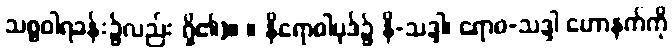
သစ္စဝါရခန်း၌လည်း ရှိ၏)။ ။ နိရောဓါပုဒ်၌ နိ-သဒ္ဒါ၊ ရောဓ-သဒ္ဒါ ဟောနက်ကို